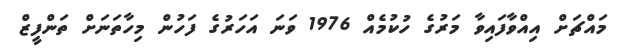
މައްޗަށް އިއްވާފައިވާ މަރުގެ ހުކުމެއް 1976 ވަނަ އަހަރުގެ ފަހުން މިހާތަނަށް ތަންފީޒް